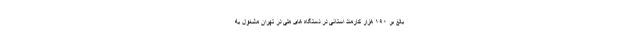
بالغ بر ۱۹۰ هزار کارمند استانی در دستگاه های ملی در تهران مشغول به